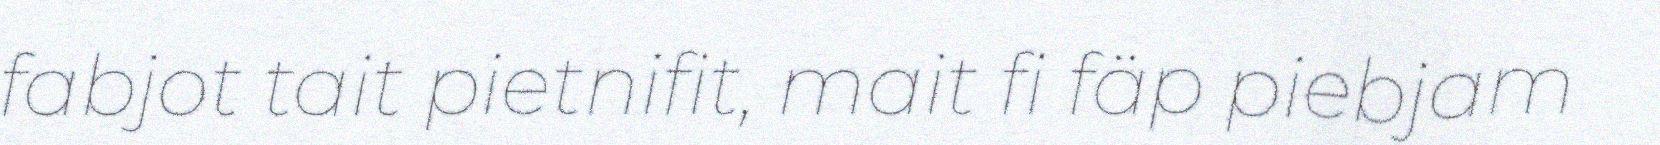
fabjot tait pietnifit, mait fi fäp piebjam